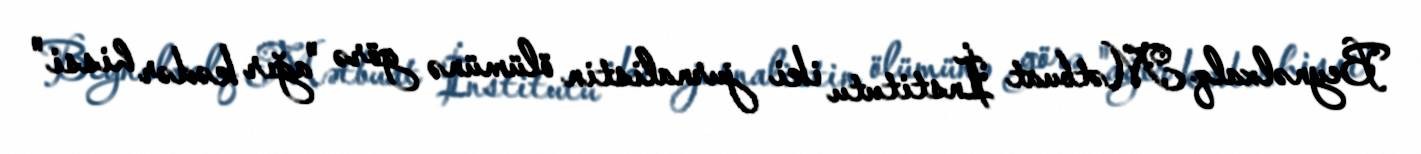
Beynəlxalq Mətbuat İnstitutu iki jurnalistin ölümünə görə "ağır kədər hissi"